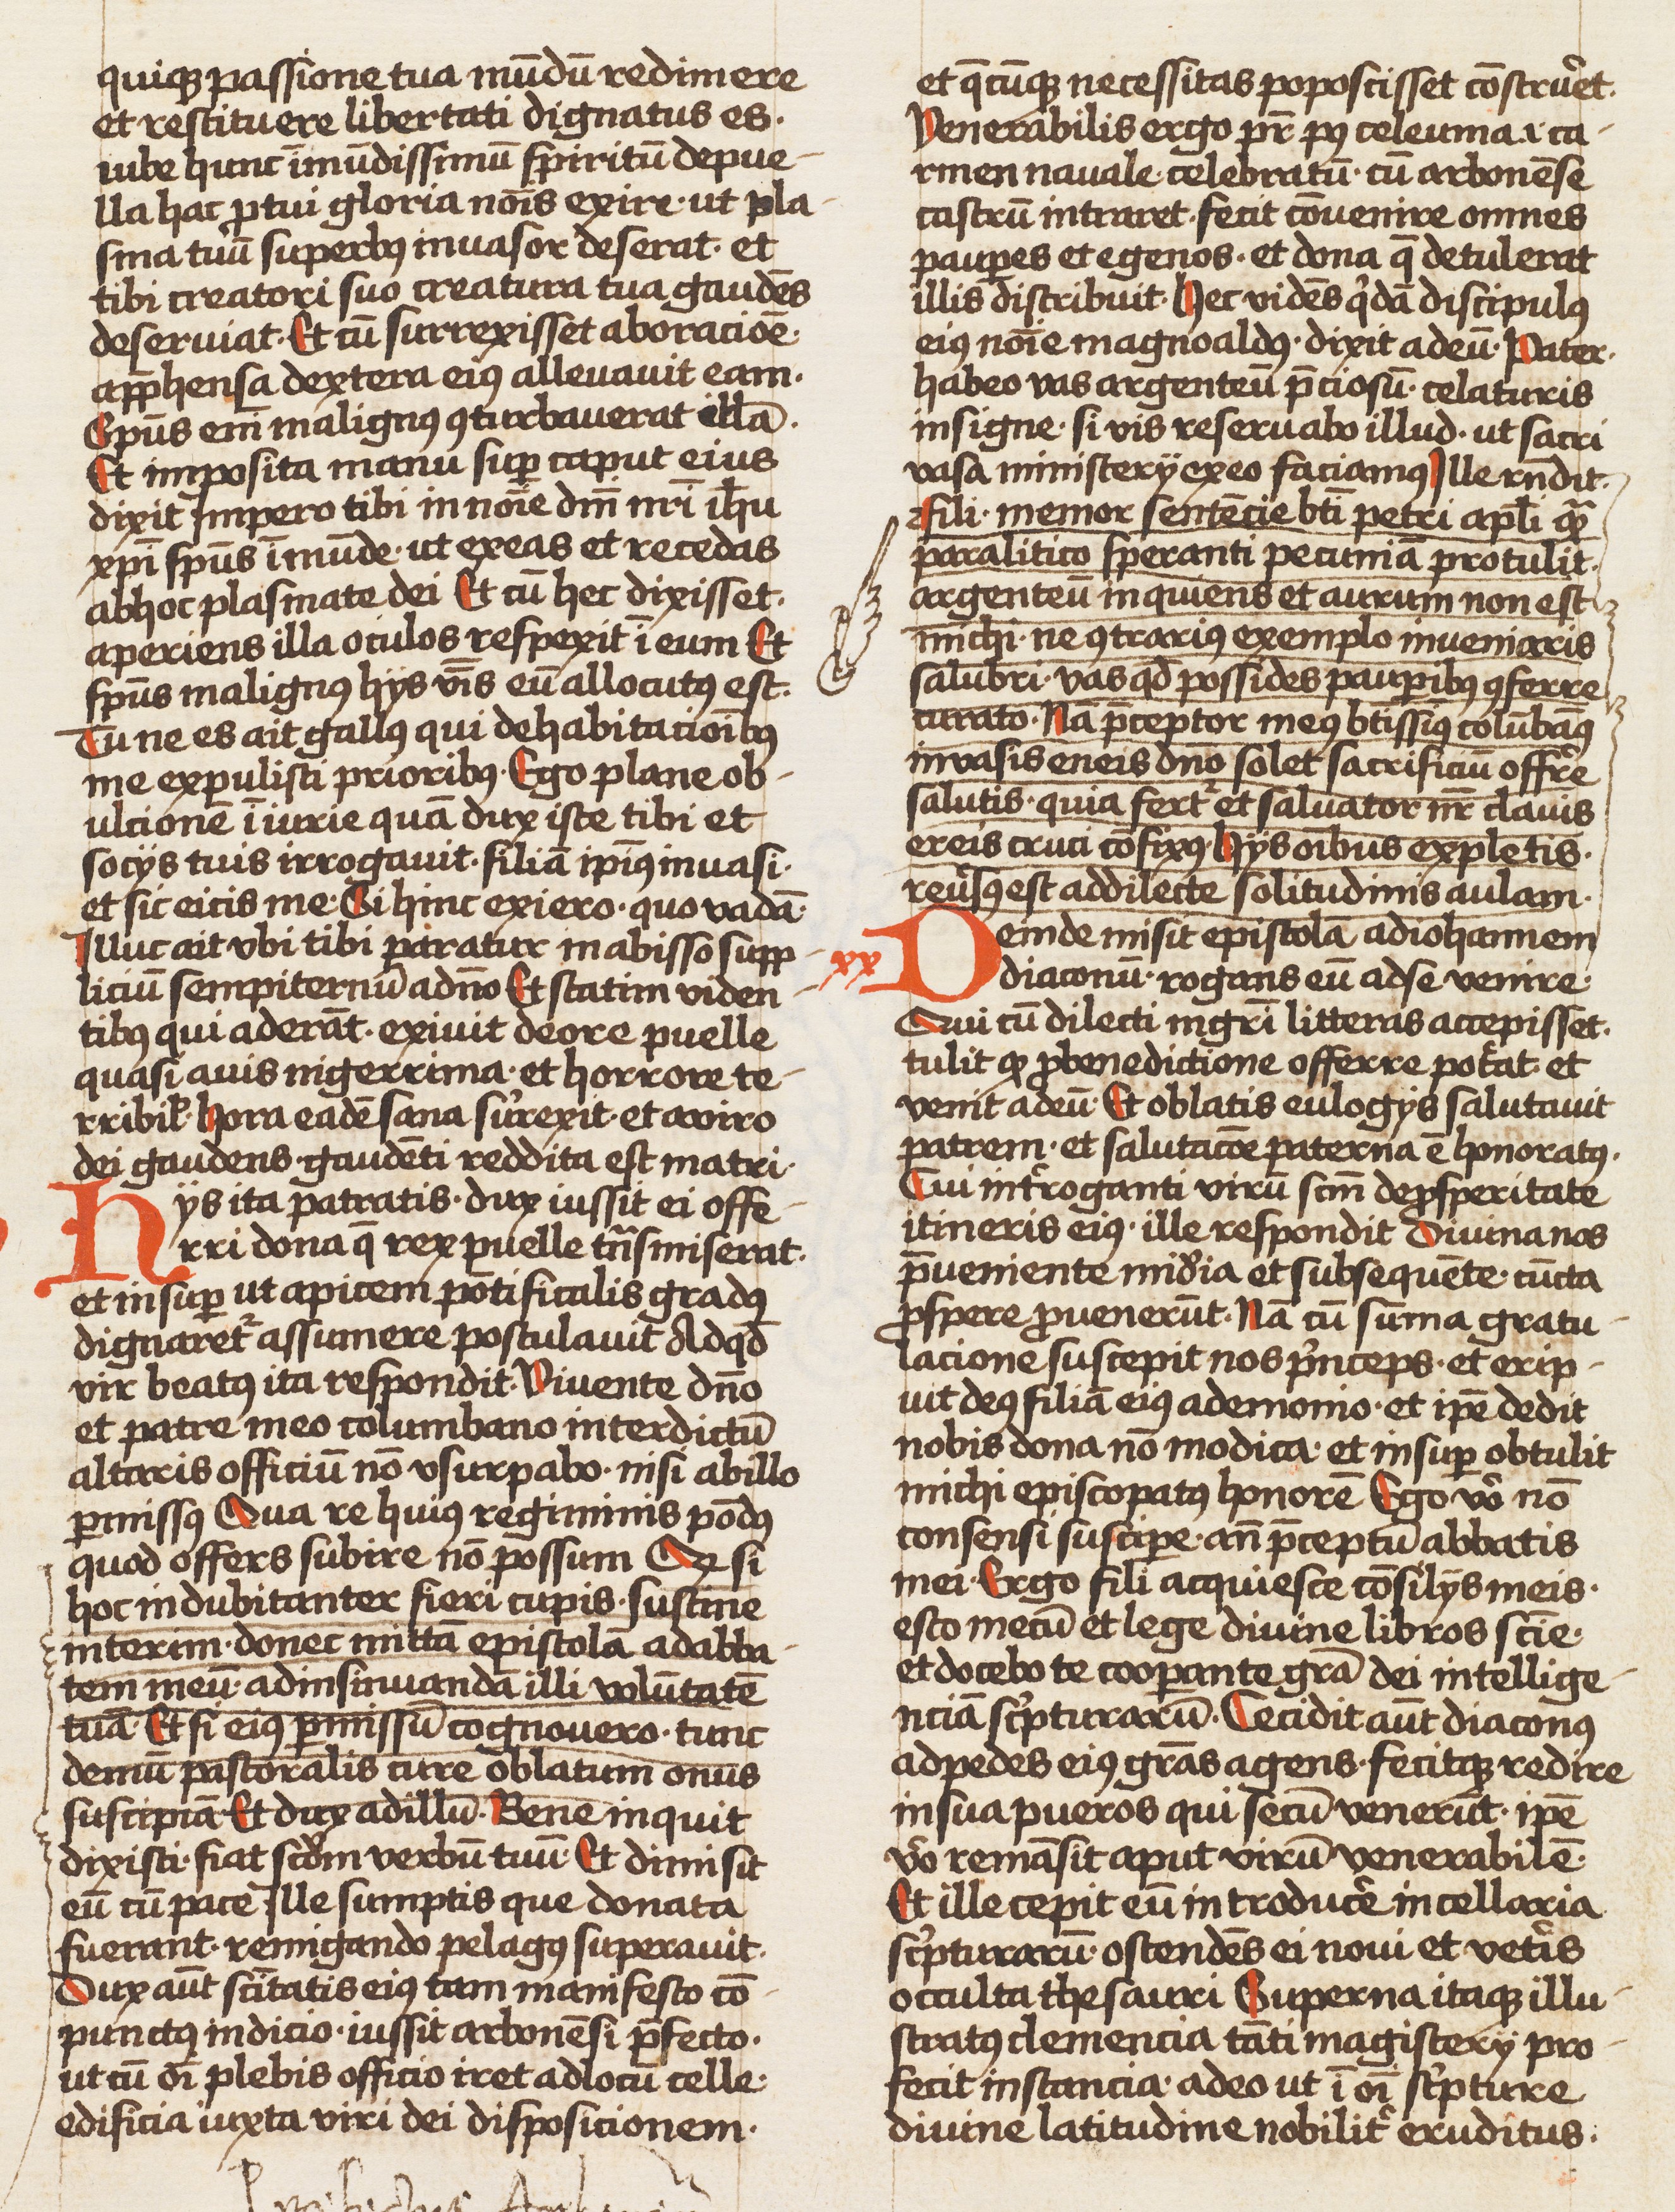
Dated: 1450–1499